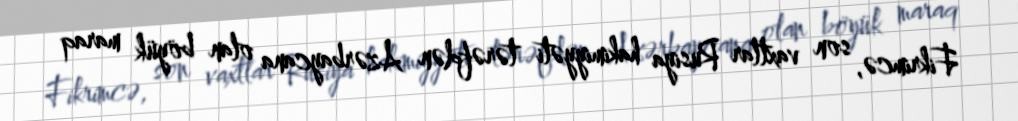
Fikrimcə, son vaxtlar Rusiya hakimiyyəti tərəfdən Azərbaycana olan böyük maraq